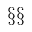
\S \S